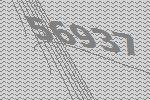
56937